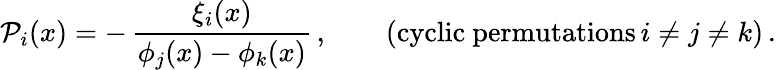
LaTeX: {\cal P}_{i}(x)=-\, \frac{\xi_{i}(x)}{\phi_{j}(x)-\phi_{k}(x)}\, ,\qquad(\mathrm{cyclic~permutations}\, i\not=j\not=k)\, .